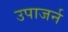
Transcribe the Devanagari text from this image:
उपाजर्न